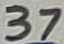
Text: 37